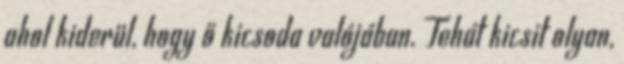
ahol kiderül, hogy ő kicsoda valójában. Tehát kicsit olyan,